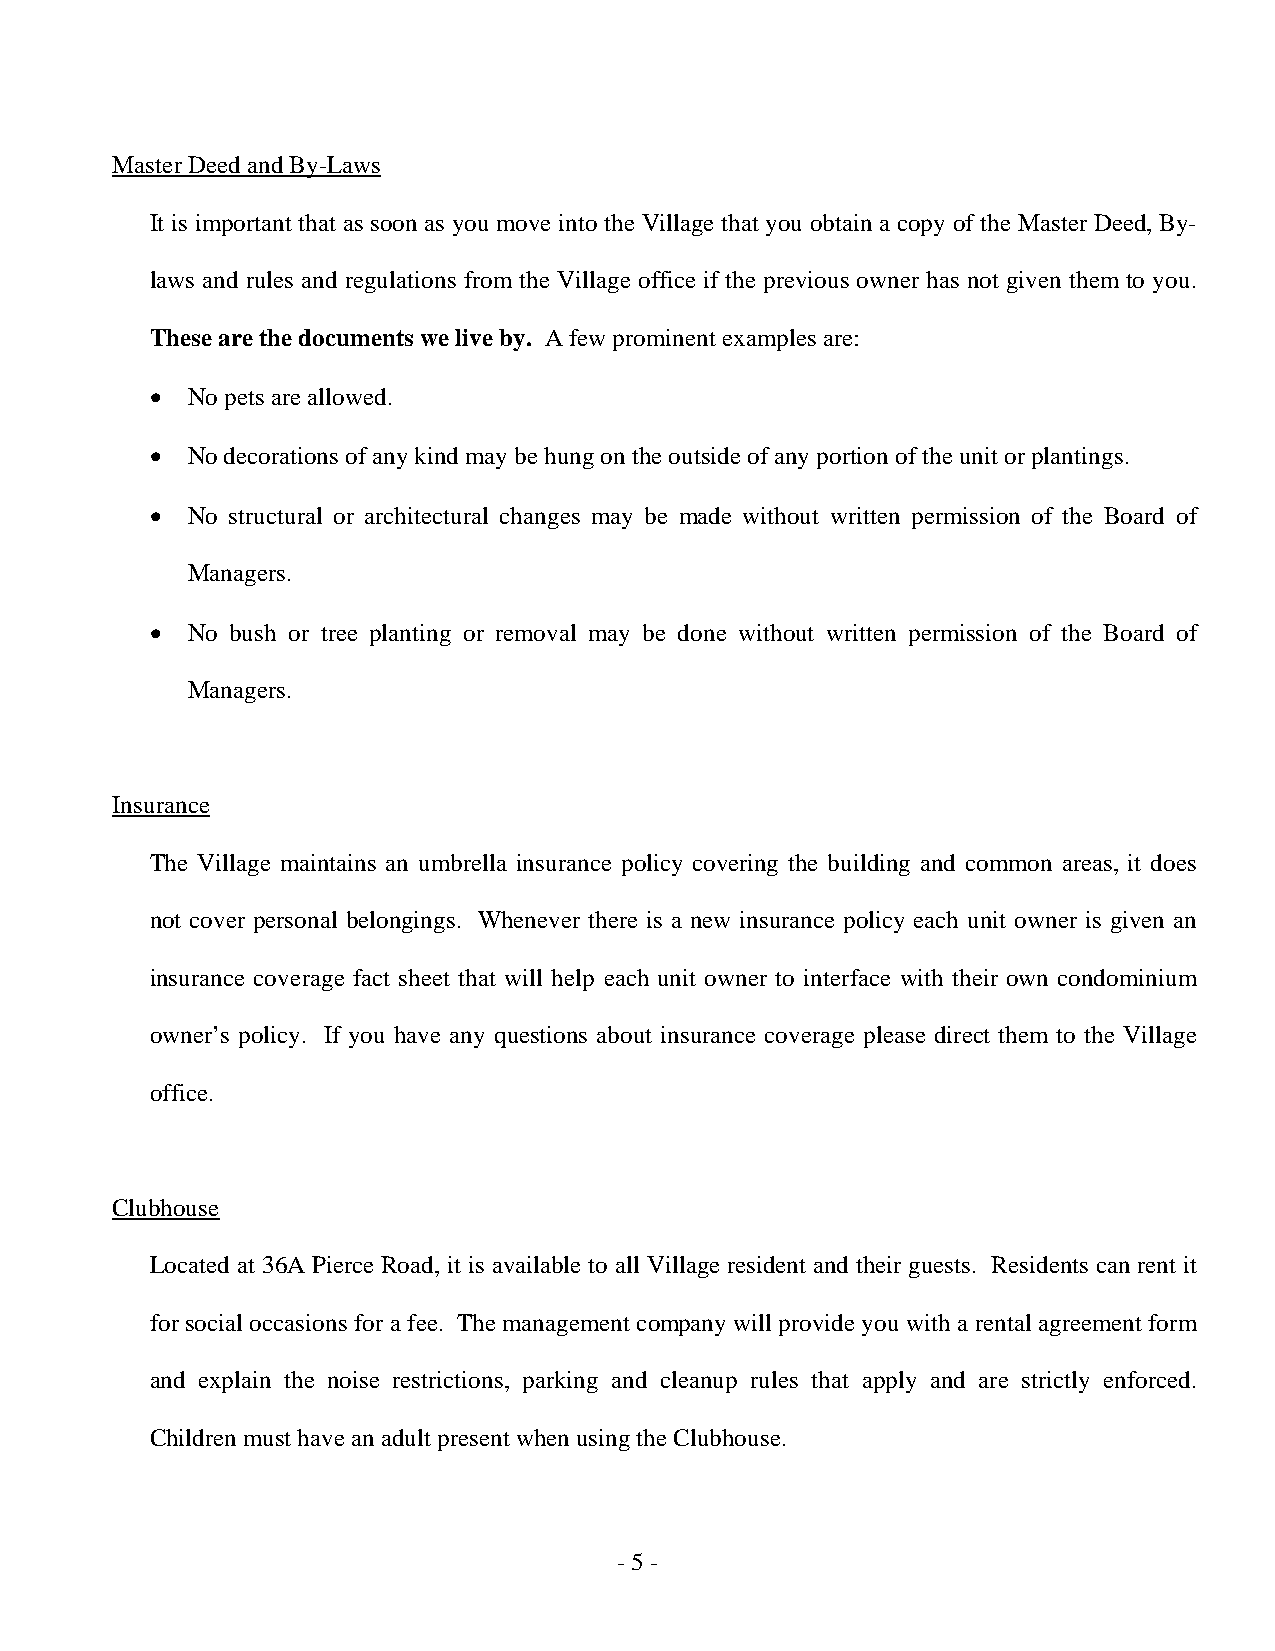
Master Deed and By-Laws
 It is important that as soon as you move into the Village that you obtain a copy of the Master Deed, By-
 laws and rules and regulations from the Village office if the previous owner has not given them to you.
 These are the documents we live by. A few prominent examples are:
 • No pets are allowed.
 • No decorations of any kind may be hung on the outside of any portion of the unit or plantings.
 • No structural or architectural changes may be made without written permission of the Board of
 Managers.
 • No bush or tree planting or removal may be done without written permission of the Board of
 Managers.
 Insurance
 The Village maintains an umbrella insurance policy covering the building and common areas, it does
 not cover personal belongings. Whenever there is a new insurance policy each unit owner is given an
 insurance coverage fact sheet that will help each unit owner to interface with their own condominium
 owner’s policy. If you have any questions about insurance coverage please direct them to the Village
 office.
 Clubhouse
 Located at 36A Pierce Road, it is available to all Village resident and their guests. Residents can rent it
 for social occasions for a fee. The management company will provide you with a rental agreement form
 and explain the noise restrictions, parking and cleanup rules that apply and are strictly enforced.
 Children must have an adult present when using the Clubhouse.
 - 5 -